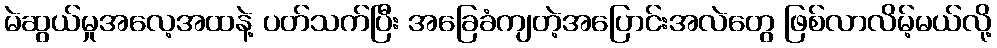
မဲဆွယ်မှုအလေ့အထနဲ့ ပတ်သက်ပြီး အခြေခံကျတဲ့အပြောင်းအလဲတွေ ဖြစ်လာလိမ့်မယ်လို့